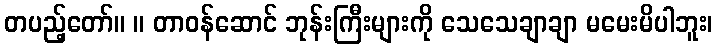
တပည့်တော်။ ။ တာဝန်ဆောင် ဘုန်းကြီးများကို သေသေချာချာ မမေးမိပါဘူး၊